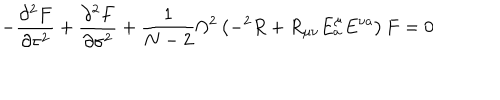
- \frac { \partial ^ { 2 } F } { \partial \tau ^ { 2 } } + \frac { \partial ^ { 2 } F } { \partial \sigma ^ { 2 } } + \frac { 1 } { N - 2 } \Omega ^ { 2 } \left( - ^ { 2 } R + R _ { \mu \nu } E _ { a } ^ { \mu } E ^ { \nu a } \right) F = 0